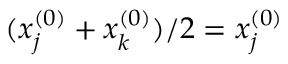
( x _ { j } ^ { ( 0 ) } + x _ { k } ^ { ( 0 ) } ) / 2 = x _ { j } ^ { ( 0 ) }